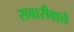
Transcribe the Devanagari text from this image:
सवारीवाले